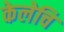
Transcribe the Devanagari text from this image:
केलेचि